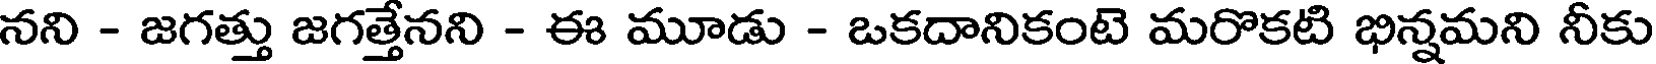
నని - జగత్తు జగత్తేనని - ఈ మూడు - ఒకదానికంటె మరొకటి భిన్నమని నీకు